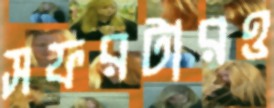
সফরটারও